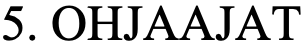
5. OHJAAJAT